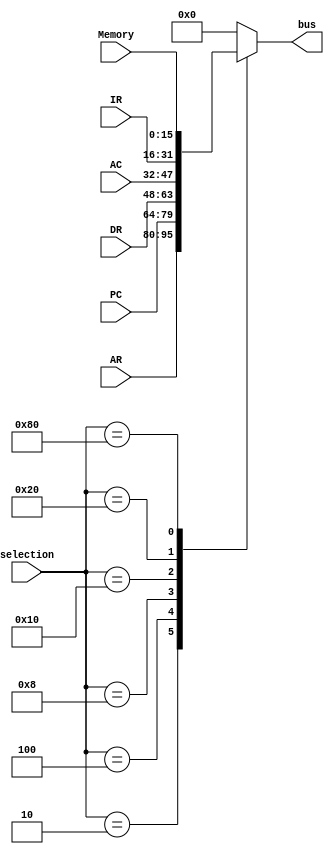
`timescale 1ns / 1ps

module Selection_Line(
    input [15:0] AR,
    input [15:0] PC,
    input [15:0] DR,
    input [15:0] AC,
    input [15:0] IR,
    input [15:0] Memory,
    input [7:0] selection,
    output reg [15:0] bus	        
);

    always@* begin
		case(selection)
		  0   : bus	 = 0;
		  2   : bus	 = AR;
		  4   : bus	 = PC;
		  8   : bus	 = DR;
		  16  : bus	 = AC;
		  32  : bus	 = IR;
		  64  : bus  = 0;
		  128 : bus	 = Memory;
          default : bus	 = 0;
        endcase
     end
endmodule